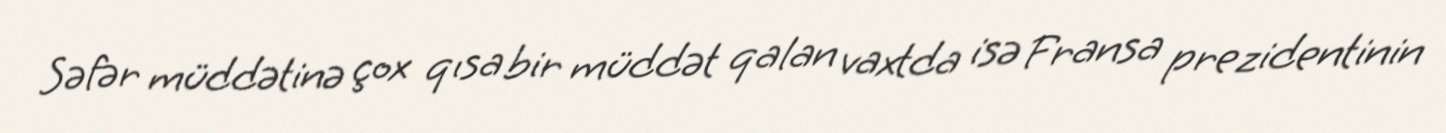
Səfər müddətinə çox qısa bir müddət qalan vaxtda isə Fransa prezidentinin